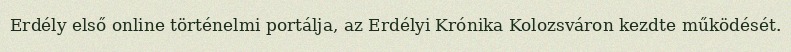
Erdély első online történelmi portálja, az Erdélyi Krónika Kolozsváron kezdte működését.